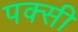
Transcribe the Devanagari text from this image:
पक्सी